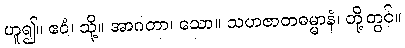
ဟူ၍။ ဧဝံ၊ သို့။ အာဂတာ၊ သော။ သဟဇာတဓမ္မာနံ၊ တို့တွင်။